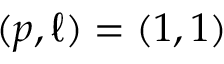
( p , \ell ) = ( 1 , 1 )